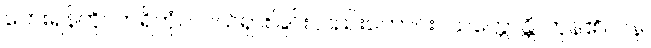
ဘေးရန်ကို။ ဟရိတုံပိ၊ ပယ်ရှားခြင်းလည်းကောင်း။ သက္ကောန္တိ၊ ကုန်၏။ ပန၊